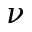
\nu